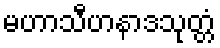
မဟာသီဟနာဒသုတ္တံ